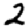
Digit: 2